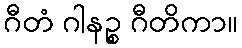
ဂီတံ ဂါနဉ္စ ဂီတိကာ။